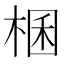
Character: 棞